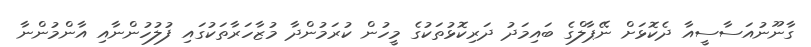
ގާނޫނުއަސާސީއާ ދެކޮޅަށް ނޭޕާލްގެ ބައިމަދު ދަރިކޮޅުތަކުގެ މީހުން ކުރަމުންދާ މުޒާހަރާތަކުގައި ފުލުހުންނާއި އާންމުންނާ